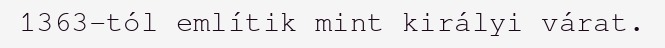
1363-tól említik mint királyi várat.